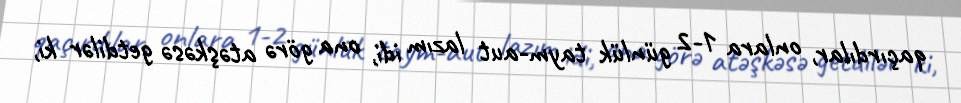
qaçırdılar, onlara 1-2 günlük taym-aut lazım idi, ona görə atəşkəsə getdilər ki,